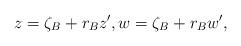
LaTeX: \begin{align*}z=\zeta_B+r_B z',w=\zeta_B+r_B w',\end{align*}